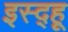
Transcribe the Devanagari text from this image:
इस्द्हू